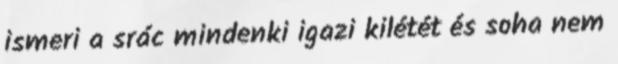
ismeri a srác mindenki igazi kilétét és soha nem